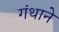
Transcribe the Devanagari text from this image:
गंथाने